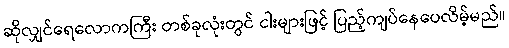
ဆိုလျှင်ရေလောကကြီး တစ်ခုလုံးတွင် ငါးများဖြင့် ပြည့်ကျပ်နေပေလိမ့်မည်။